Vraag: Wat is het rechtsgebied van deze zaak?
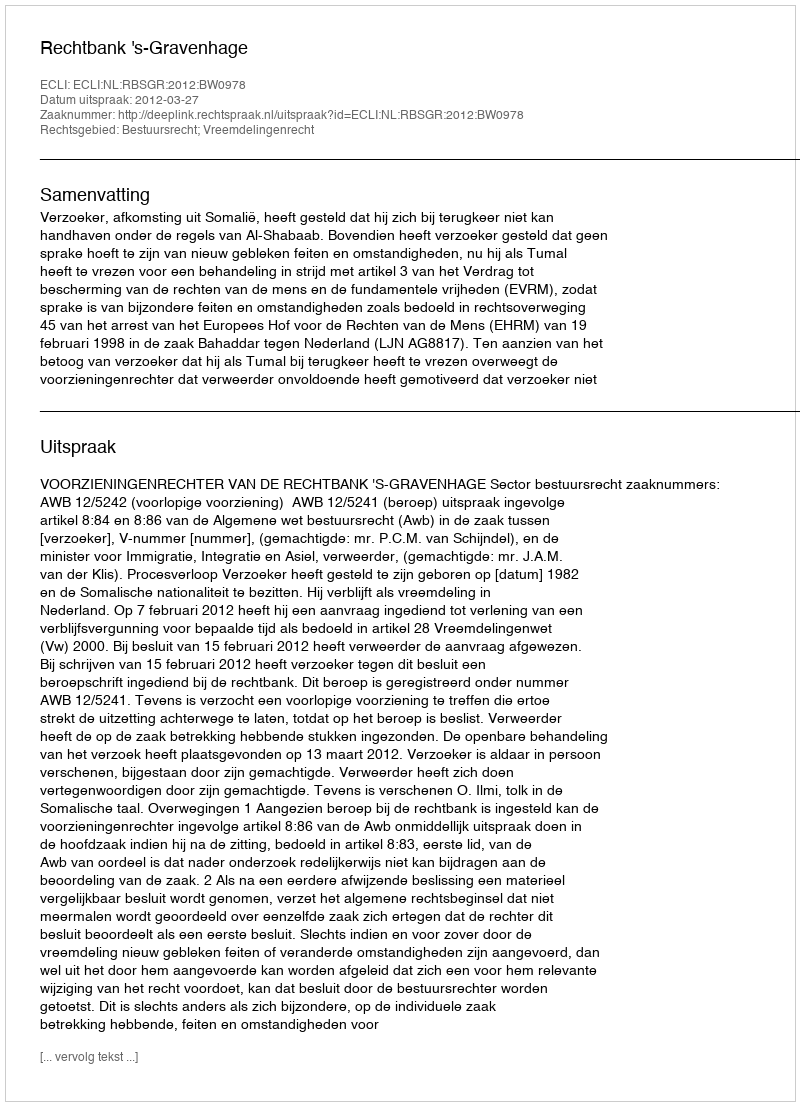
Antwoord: Bestuursrecht; Vreemdelingenrecht